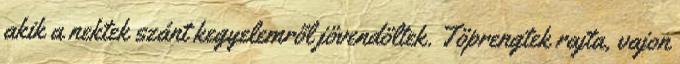
akik a nektek szánt kegyelemről jövendöltek. Töprengtek rajta, vajon